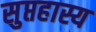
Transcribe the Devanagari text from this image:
सुप्तहास्य